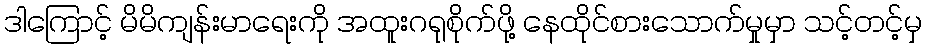
ဒါကြောင့် မိမိကျန်းမာရေးကို အထူးဂရုစိုက်ဖို့ နေထိုင်စားသောက်မှုမှာ သင့်တင့်မှ